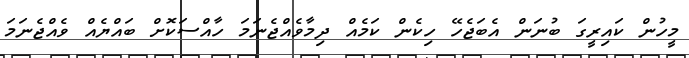
މީހުން ކައިރީގަ ބުނަން އެބަޖެހޭ ހިކެން ކަމެއް ދިމާވެއްޖެނަމަ ހާއްސަކޮށް ބައްޔެއް ވެއްޖެނަމަ